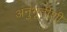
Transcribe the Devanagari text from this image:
अनुभूतींशी